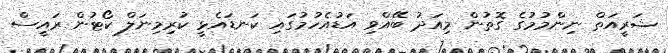
ޝަރީއަތް ނިންމުމުގެ ގޮތުން މިއަދު ބޭއްވި އަޑުއެހުމުގައި ކަނޑައެޅީ ކުރިމިނަލް ކޯޓުން ރައީސް